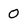
Character: 0